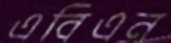
এবিএন